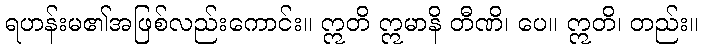
ရဟန်းမ၏အဖြစ်လည်းကောင်း။ ဣတိ ဣမာနိ တီဏိ၊ ပေ။ ဣတိ၊ တည်း။